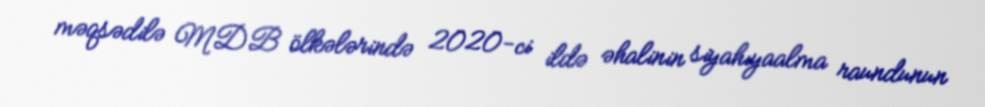
məqsədilə MDB ölkələrində 2020-ci ildə əhalinin siyahıyaalma raundunun